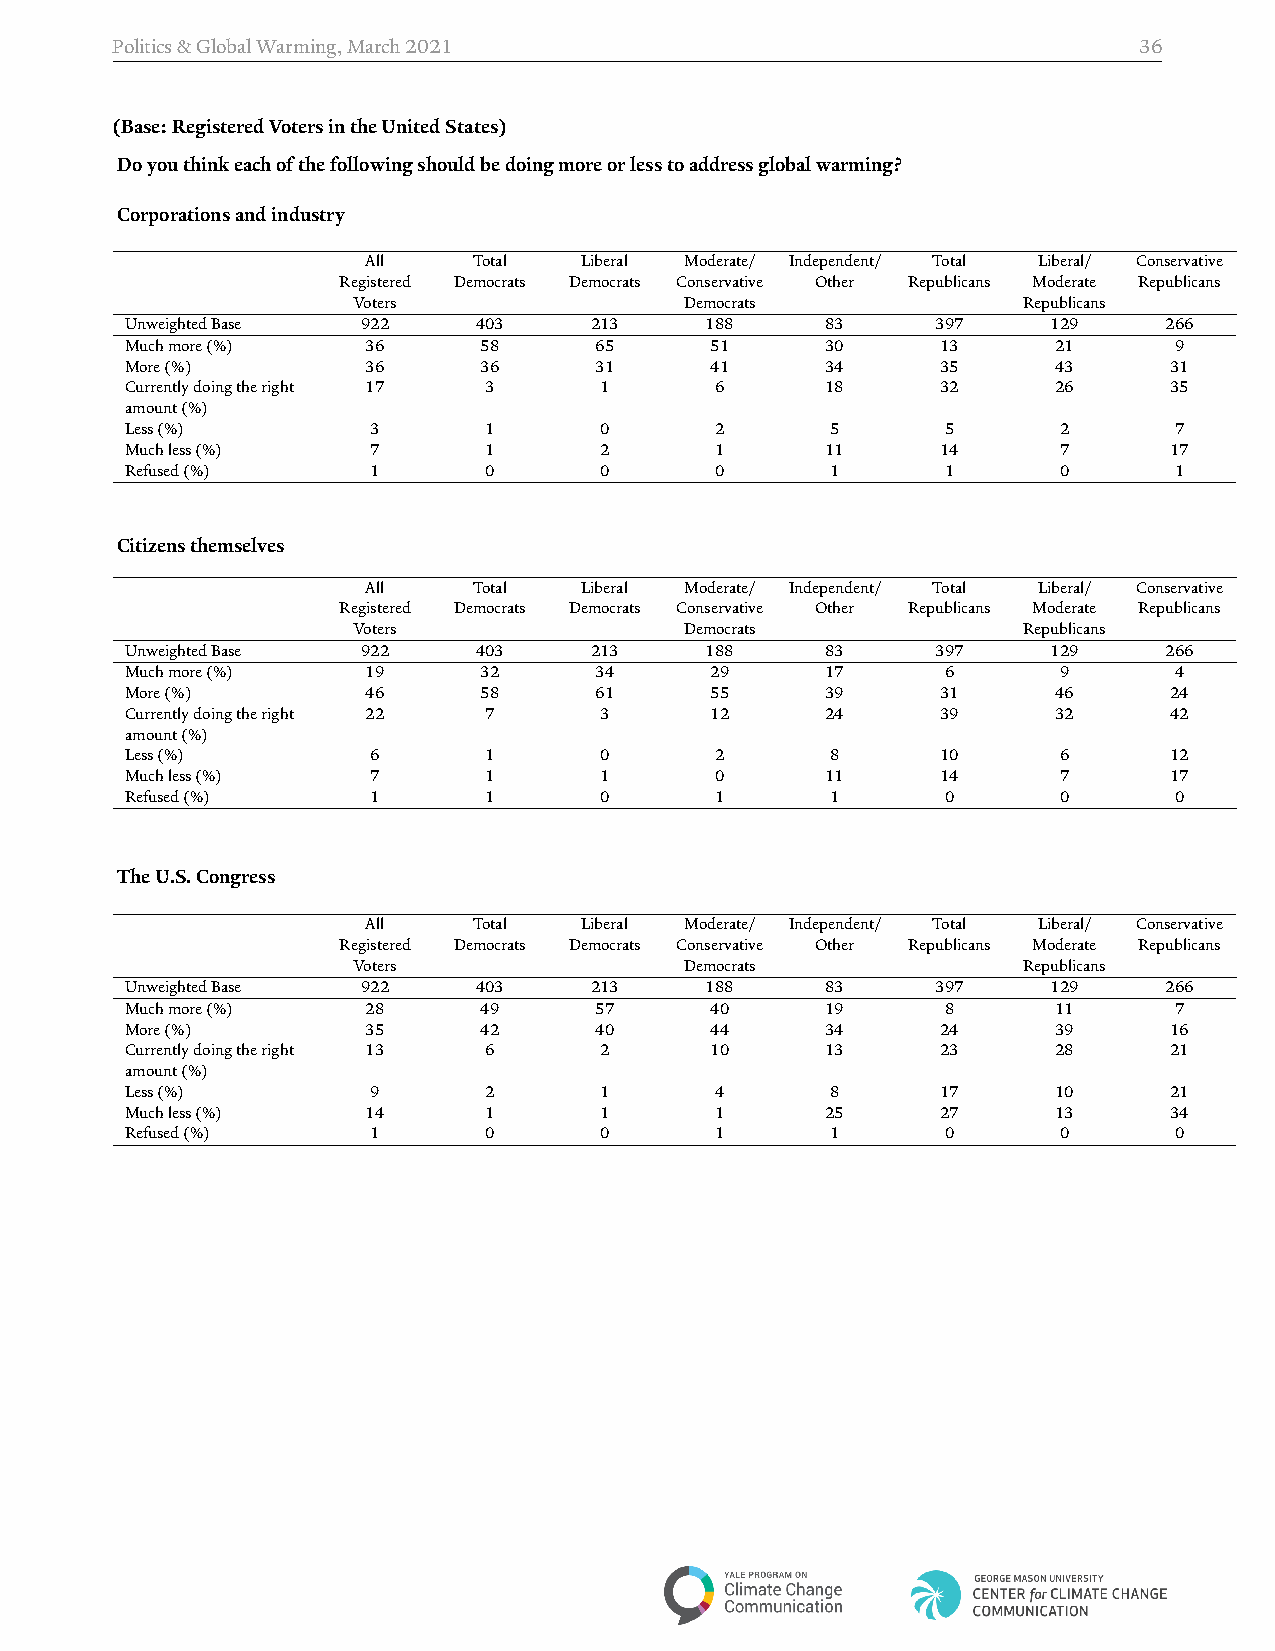
Politics&GlobalWarming,March2021                                    36
 (Base:RegisteredVotersintheUnitedStates)
 Doyouthinkeachofthefollowingshouldbedoingmoreorlesstoaddressglobalwarming?
 Corporationsandindustry
 All    Total  Liberal Moderate/ Independent/ Total Liberal/ Conservative
 Registered Democrats Democrats Conservative Other Republicans Moderate Republicans
 Voters                Democrats              Republicans
 UnweightedBase  922    403     213     188     83     397     129    266
 Muchmore(%)     36      58     65      51      30     13      21      9
 More(%)         36      36     31      41      34     35      43     31
 Currentlydoingtheright 17 3     1      6       18     32      26     35
 amount(%)
 Less(%)          3      1       0      2       5       5      2       7
 Muchless(%)      7      1       2      1       11     14      7      17
 Refused(%)       1      0       0      0       1       1      0       1
 Citizensthemselves
 All    Total  Liberal Moderate/ Independent/ Total Liberal/ Conservative
 Registered Democrats Democrats Conservative Other Republicans Moderate Republicans
 Voters                Democrats              Republicans
 UnweightedBase  922    403     213     188     83     397     129    266
 Muchmore(%)     19      32     34      29      17      6      9       4
 More(%)         46      58     61      55      39     31      46     24
 Currentlydoingtheright 22 7     3      12      24     39      32     42
 amount(%)
 Less(%)          6      1       0      2       8      10      6      12
 Muchless(%)      7      1       1      0       11     14      7      17
 Refused(%)       1      1       0      1       1       0      0       0
 TheU.S.Congress
 All    Total  Liberal Moderate/ Independent/ Total Liberal/ Conservative
 Registered Democrats Democrats Conservative Other Republicans Moderate Republicans
 Voters                Democrats              Republicans
 UnweightedBase  922    403     213     188     83     397     129    266
 Muchmore(%)     28      49     57      40      19      8      11      7
 More(%)         35      42     40      44      34     24      39     16
 Currentlydoingtheright 13 6     2      10      13     23      28     21
 amount(%)
 Less(%)          9      2       1      4       8      17      10     21
 Muchless(%)     14      1       1      1       25     27      13     34
 Refused(%)       1      0       0      1       1       0      0       0